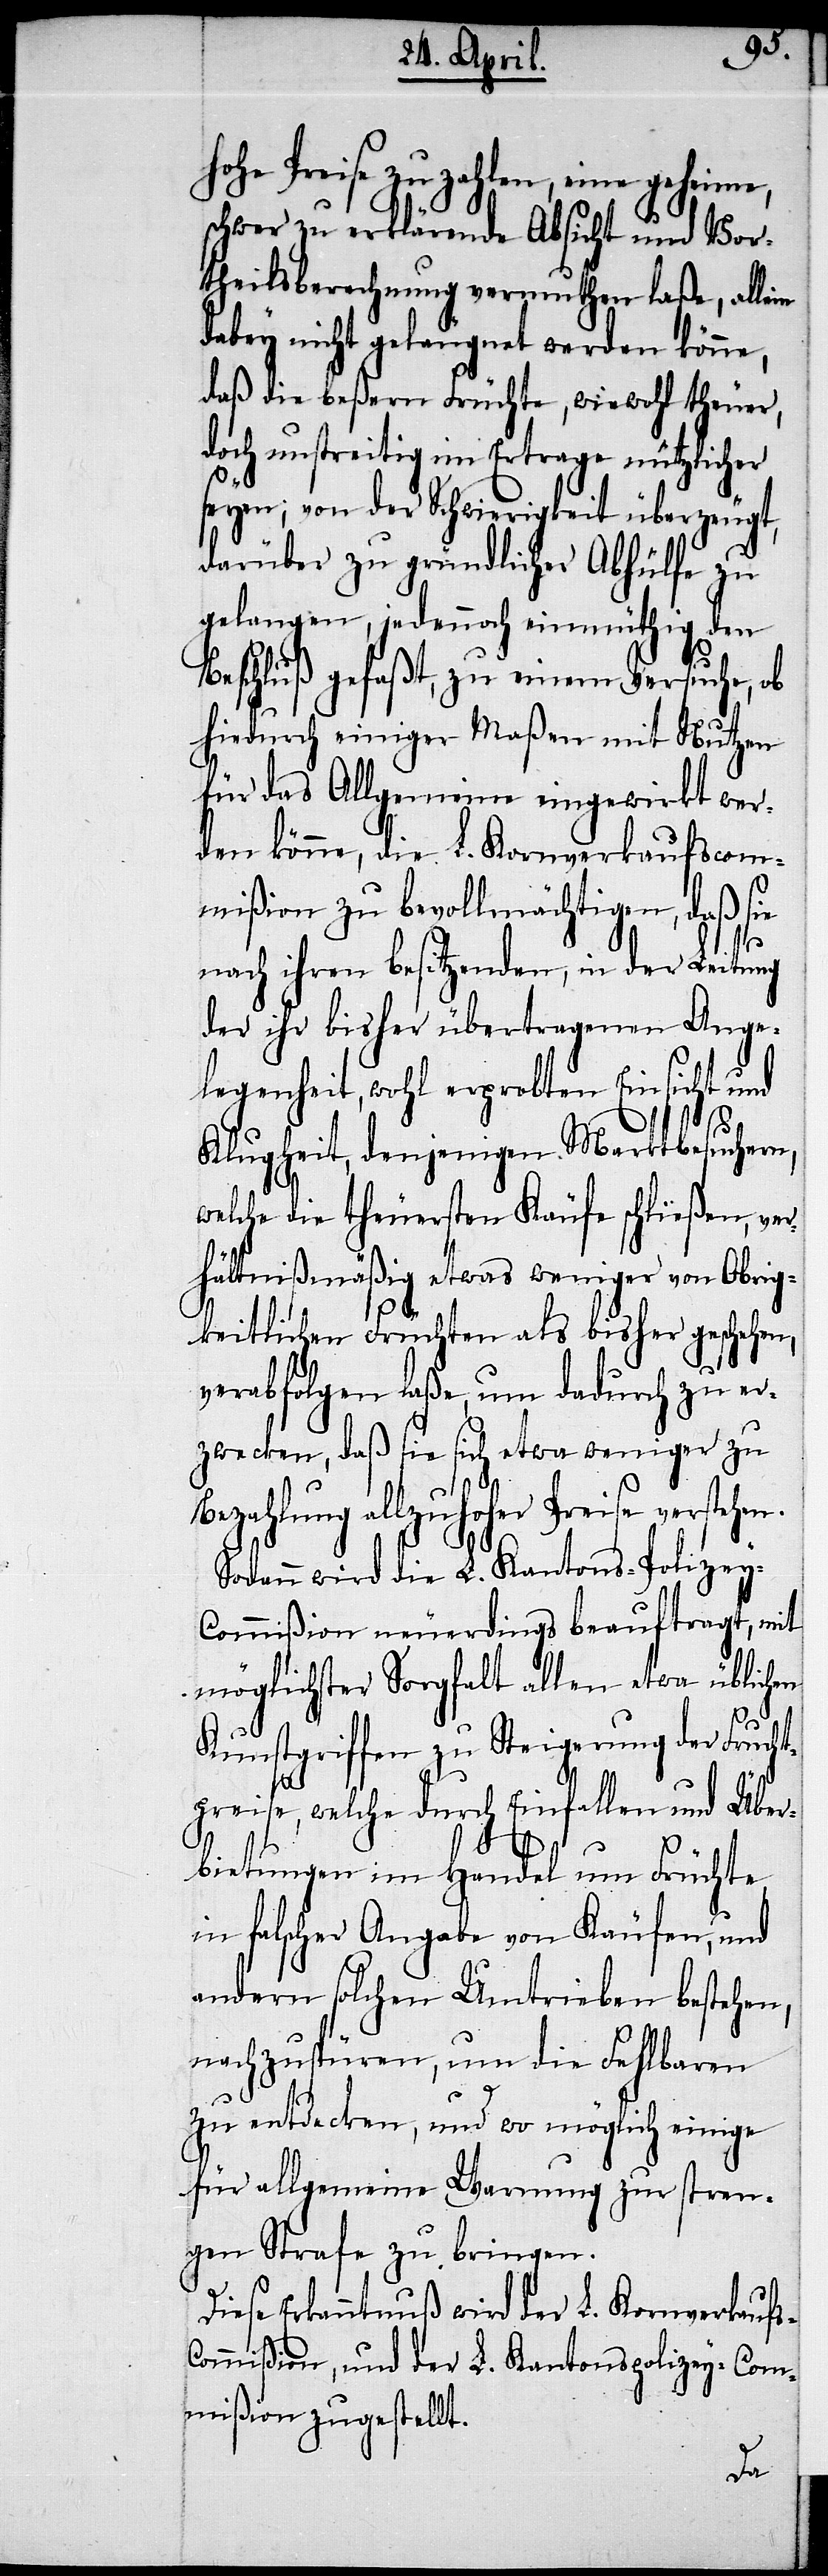
hohe Preise zu zahlen, eine geheime,
schwer zu erklärende Absicht und Vor¬
theilsberechnung vermuthen laße, allein
dabey nicht geleugnet werden könne,
daß die beßern Früchte, wiewohl theuer,
doch unstreitig im Ertrage nützlicher
seyen; von der Schwierigkeit überzeugt,
darüber zu gründlicher Abh¬
en
gelangen, jedennoch einmüthig
den
Beschluß gefaßt, zu einem Versuche,
hiedurch einiger Maßen mit Nutzen
für das Allgemeine eingewirkt wer¬
den könne, die L. Kornverkaufscom¬
mißion zu bevollmächtigen, daß sie
nach ihren besitzenden, in der Leitung
der ihr bisher übertragenen Ange¬
legenheit, wohl erprobten Einsicht und
Klugheit, denjenigen Marktbesuchern,
welche die theuersten Käufe schließen, ver¬
hältnißmäßig etwas weniger von Obrig¬
keitlichen Früchten als bisher geschehen,
verabfolgen laße, um dadurch zu er¬
zwecken, daß sie sich etwa weniger zu
Bezahlung allzuhoher Preise verstehen.
Sodann wird die L. Kantons-Polizey-C¬
ommißion neuerdings beauftragt, mit
möglichster Sorgfalt allen etwa üblich¬
Kunstgriffen zu Steigerung der Frucht¬
preise, welche durch Einfallen und Über¬
bietungen im Handel um Früchte
in falscher Angabe von Käufen, und
andern solchen Umtrieben bestehen,
nachzuspüren, um die Fehlbaren
zu entdecken, und wo möglich einige
für allgemeine Warnung zur stren¬
gen Strafe zu bringen.
Diese Erkanntnuß wird der L. Kornverkauf¬
ommißion, und der L. Kantonspolizey-Com¬
mißion zugestellt.
s-C¬